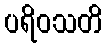
ပရိဝသတိ